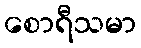
စောရီသမာ